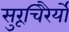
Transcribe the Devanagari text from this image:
सुरूचिरैर्यो